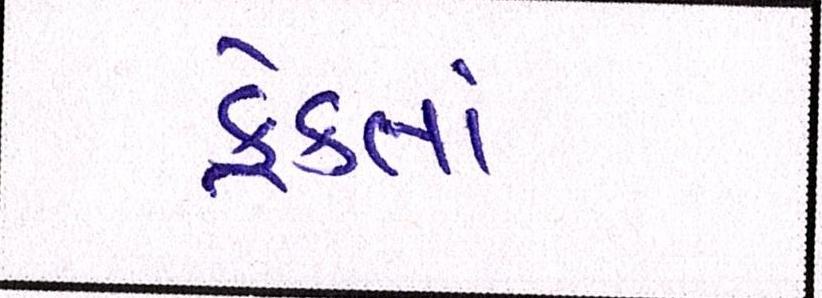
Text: ફેંકતાં